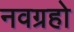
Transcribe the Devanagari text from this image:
नवग्रहो